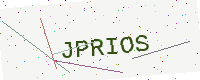
Text: JPRIOS